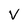
Character: V